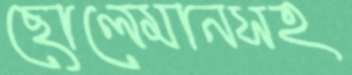
ছোলেমানসহ